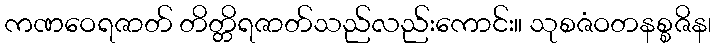
ကဏဝေရဇာတ် တိတ္တိရဇာတ်သည်လည်းကောင်း။ သုစဇံဝတနစ္စဇိန၊